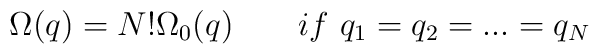
\Omega(q) = N! \Omega_0(q)  \qquad if\  q_1=q_2=...=q_N